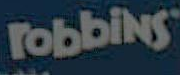
robbins